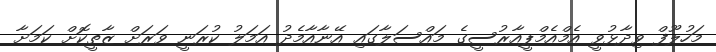
މަހުލޫފް ވިދާޅުވީ އެމްއެމްޕީއާރުސީގެ މައްސަލާގައި އޭނާއާމެދު އަމަލު ކުރަނީ ވަރަށް ޒާތީކޮށް ކަމަށާ